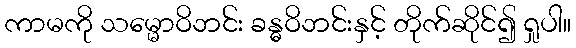
ကာမကို သမ္မောဝိဘင်း ခန္ဓဝိဘင်းနှင့် တိုက်ဆိုင်၍ ရှုပါ။